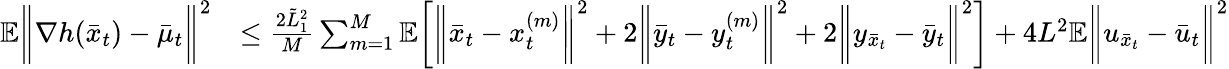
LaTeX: \begin{array}{rl}{\mathbb{E}\bigg\| \nabla h(\bar{x}_{t})-\bar{\mu}_{t}\bigg\| ^{2}}&{\leq\frac{2\tilde{L}_{1}^{2}}{M}\sum_{m=1}^{M}\mathbb{E}\bigg[\bigg\| \bar{x}_{t}-x_{t}^{(m)}\bigg\| ^{2}+2\bigg\| \bar{y}_{t}-y_{t}^{(m)}\bigg\| ^{2}+2\bigg\| y_{\bar{x}_{t}}-\bar{y}_{t}\bigg\| ^{2}\bigg]+4L^{2}\mathbb{E}\bigg\| u_{\bar{x}_{t}}-\bar{u}_{t}\bigg\| ^{2}}\end{array}